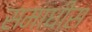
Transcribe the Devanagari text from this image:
समाधीस